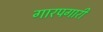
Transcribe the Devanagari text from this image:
गारपगारी